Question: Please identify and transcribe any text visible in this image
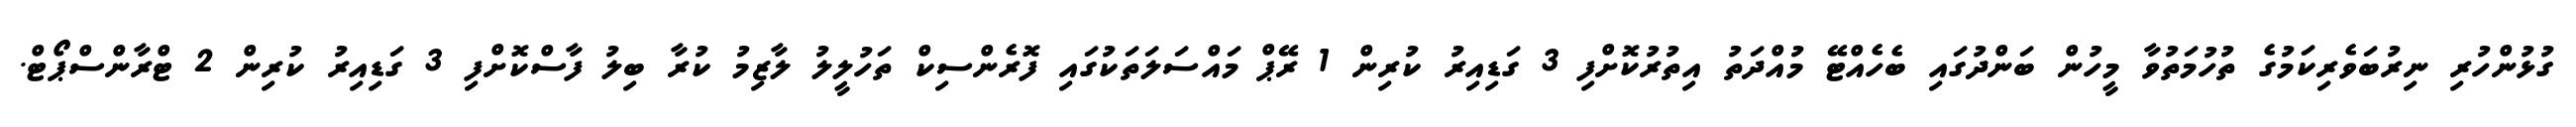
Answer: ގުޅުންހުރި ނިރުބަވެރިކަމުގެ ތުހުމަތުވާ މީހުން ބަންދުގައި ބެހެއްޓޭ މުއްދަތު އިތުރުކޮށްފި 3 ގަޑިއިރު ކުރިން 1 ރޭޕް މައްސަލަތަކުގައި ފޮރެންސިކް ތަހުލީލު ލާޒިމު ކުރާ ބިލު ފާސްކޮށްފި 3 ގަޑިއިރު ކުރިން 2 ޓްރާންސްޕޯޓް.